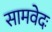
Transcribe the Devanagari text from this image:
सामवेदः